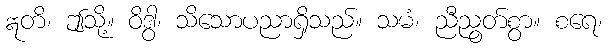
ဣတိ၊ ဤသို့။ ဝိဒွါ၊ သိသောပညာရှိသည်။ သမံ၊ ညီညွတ်စွာ။ စရေ၊